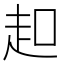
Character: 𧺚